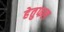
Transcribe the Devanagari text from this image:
हेतुफल